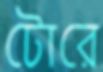
টোরে